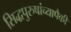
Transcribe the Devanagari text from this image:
सिद्धपुरुषांच्यापैकी